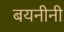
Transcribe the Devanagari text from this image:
बयनीनी